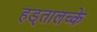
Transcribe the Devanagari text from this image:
हड्तालच्के